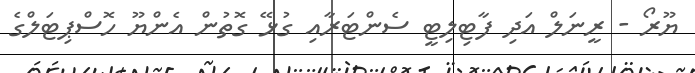
ޔޫރޯ - ރީނަލް އަދި ފާޓިލިޓީ ސެންޓަރާއި ގުޅޭ ގޮތުން އެންޔޫ ހޮސްޕިޓަލްގެ